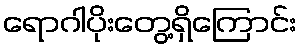
ရောဂါပိုးတွေ့ရှိကြောင်း